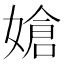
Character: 𪦔